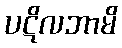
ပဋိလဘာမိ